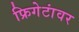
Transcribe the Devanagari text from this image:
फ्रिगेटांवर